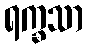
ရက္ခသာ